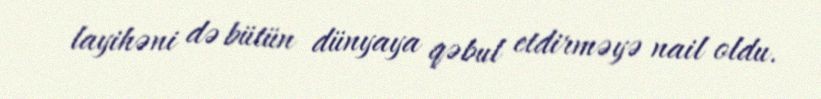
layihəni də bütün dünyaya qəbul etdirməyə nail oldu.